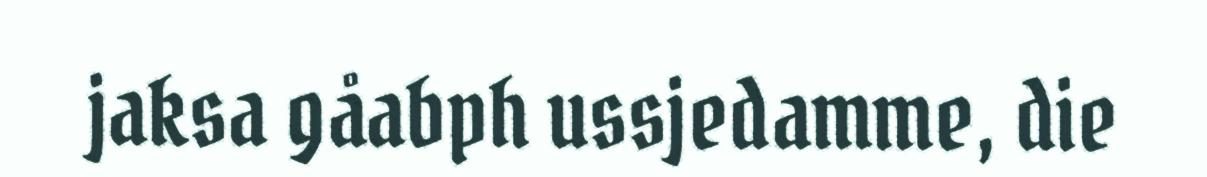
jaksa gåabph ussjedamme, die